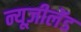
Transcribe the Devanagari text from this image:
न्यूज़ीलेंड